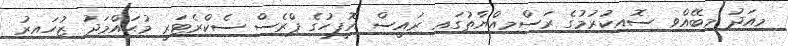
މިއަދު މިބޭއްވި ސޮއިކުރުމުގެ ރަސްމިއްޔާތުގައި ރައީސް އޮފީހުގެ ޕްރެސް ސެކްރެޓަރީ މުޙައްމަދު ޒުހައިރު